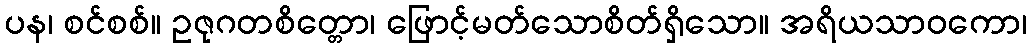
ပန၊ စင်စစ်။ ဥဇုဂတစိတ္တော၊ ဖြောင့်မတ်သောစိတ်ရှိသော။ အရိယသာဝကော၊